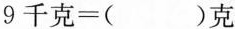
$$9 千 克 =$$()克